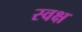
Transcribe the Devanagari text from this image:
स्वक्ष